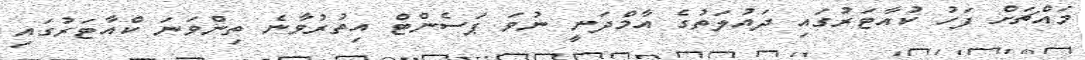
މައްޗަށް ފަހު ކުއާޓަރުގައި ދައުލަތުގެ އާމްދަނީ ނުވަ ޕަސެންޓް އިތުރުވާނެ ތިންވަނަ ކްއާޓަރުގައި